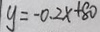
y = - 0 . 2 x + 8 0